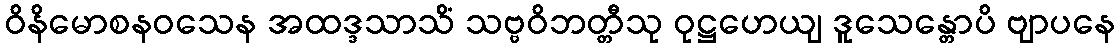
ဝိနိမောစနဝသေန အထဒ္ဒသာသိံ သဗ္ဗဝိဘတ္တီသု ဝုဋ္ဌဟေယျ ဒူသေန္တောပိ ဗျာပနေ